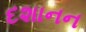
દશાનન